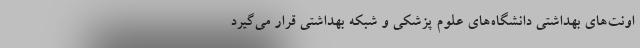
اونت‌های بهداشتی دانشگاه‌های علوم پزشکی و شبکه بهداشتی قرار می‌گیرد